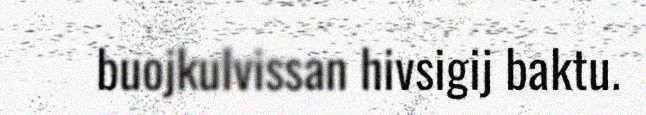
buojkulvissan hivsigij baktu.